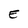
Character: E